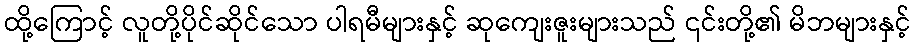
ထို့ကြောင့် လူတို့ပိုင်ဆိုင်သော ပါရမီများနှင့် ဆုကျေးဇူးများသည် ၎င်းတို့၏ မိဘများနှင့်